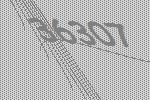
36307